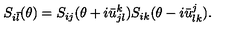
S _ { i \bar { l } } ( \theta ) = S _ { i j } ( \theta + i \bar { u } _ { j l } ^ { k } ) S _ { i k } ( \theta - i \bar { u } _ { l k } ^ { j } ) .